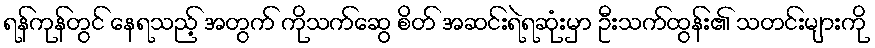
ရန်ကုန်တွင် နေရသည့် အတွက် ကိုသက်ဆွေ စိတ် အဆင်းရဲရဆုံးမှာ ဦးသက်ထွန်း၏ သတင်းများကို